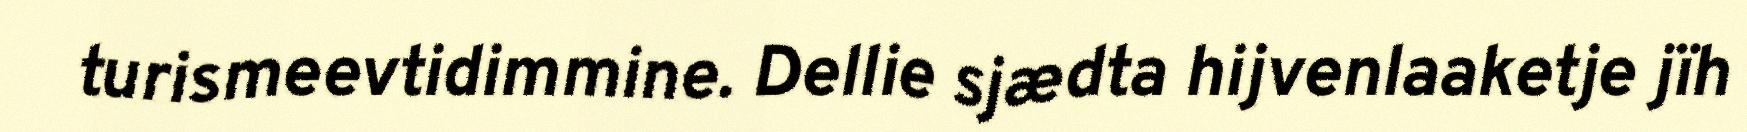
turismeevtidimmine. Dellie sjædta hijvenlaaketje jïh